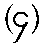
(၄)